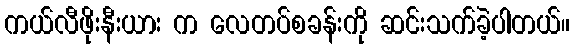
ကယ်လီဖိုးနီးယား က လေတပ်စခန်းကို ဆင်းသက်ခဲ့ပါတယ်။